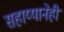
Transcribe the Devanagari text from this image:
सहाय्यानेही